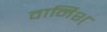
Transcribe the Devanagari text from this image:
वार्निश्